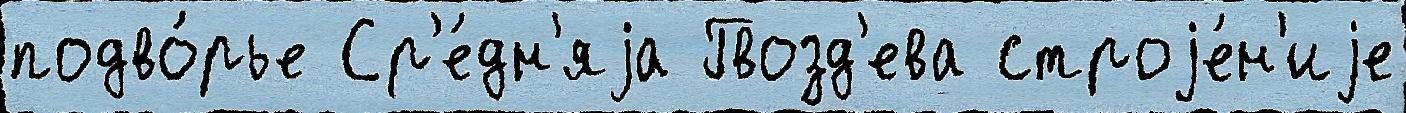
подво́рье Ср'е́дн'яjа Гвозд'ева строjе́н'иjе